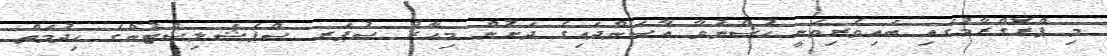
މި ޕްރޮގްރާމުގައި ބައިވެރިވަނީ ހުސްނުވާ އާސަންދައިގެ ދަށުން މިހާރު ސުޕަރ ސްޕެޝަލިސްޓުންގެ ހިދުމަތް